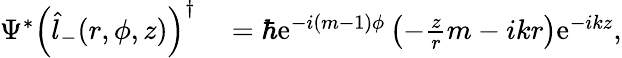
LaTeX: \begin{array}{rl}{\Psi^{*}\left(\hat{l}_{-}(r,\phi,z)\right)^{\dagger}}&{{}=\hbar\mathrm{e}^{-i(m-1)\phi}\left(-\frac{z}{r}m-ikr\right)\mathrm{e}^{-ikz},}\end{array}